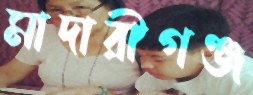
মাদারীগঞ্জ